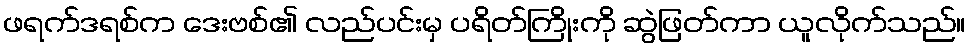
ဖရက်ဒရစ်က ဒေးဗစ်၏ လည်ပင်းမှ ပရိတ်ကြိုးကို ဆွဲဖြတ်ကာ ယူလိုက်သည်။